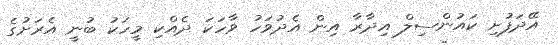
އޭދަފުށި ކައުންސިލް އިދާރާ އިން އެދުވަހު ވާހަކަ ދެއްކި މީހަކު ބުނީ އެރަށުގެ